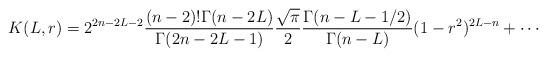
LaTeX: \begin{align*} K(L,r)=2^{2n-2L-2}\frac{(n-2)!\Gamma(n-2L)}{\Gamma(2n-2L-1)} \frac{\sqrt{\pi}}2 \frac{\Gamma(n-L-1/2)}{\Gamma(n-L)}(1-r^2)^{2L-n}+\cdots\end{align*}